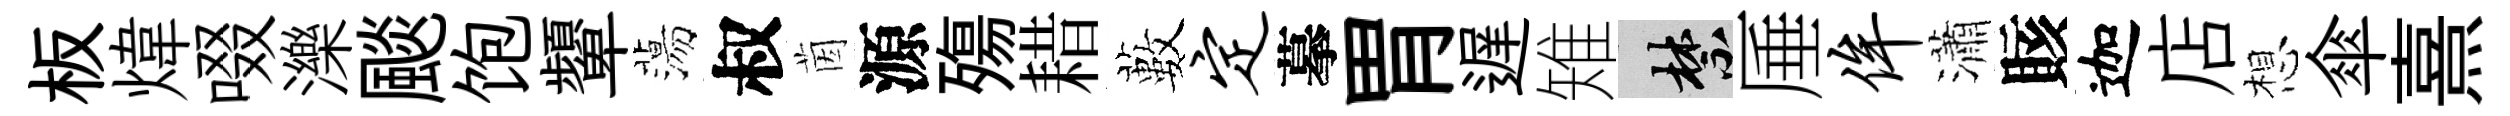
板煒啜濼颷饱顰蕩叔茵源殤耤藪定摹胃遅雉禁厜侔瀟賅迦店想傘熹